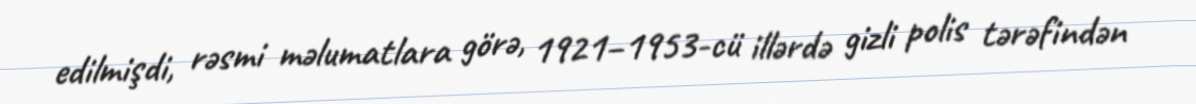
edilmişdi, rəsmi məlumatlara görə, 1921–1953-cü illərdə gizli polis tərəfindən